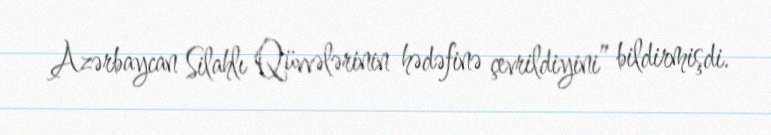
Azərbaycan Silahlı Qüvvələrinin hədəfinə çevrildiyini” bildirmişdi.